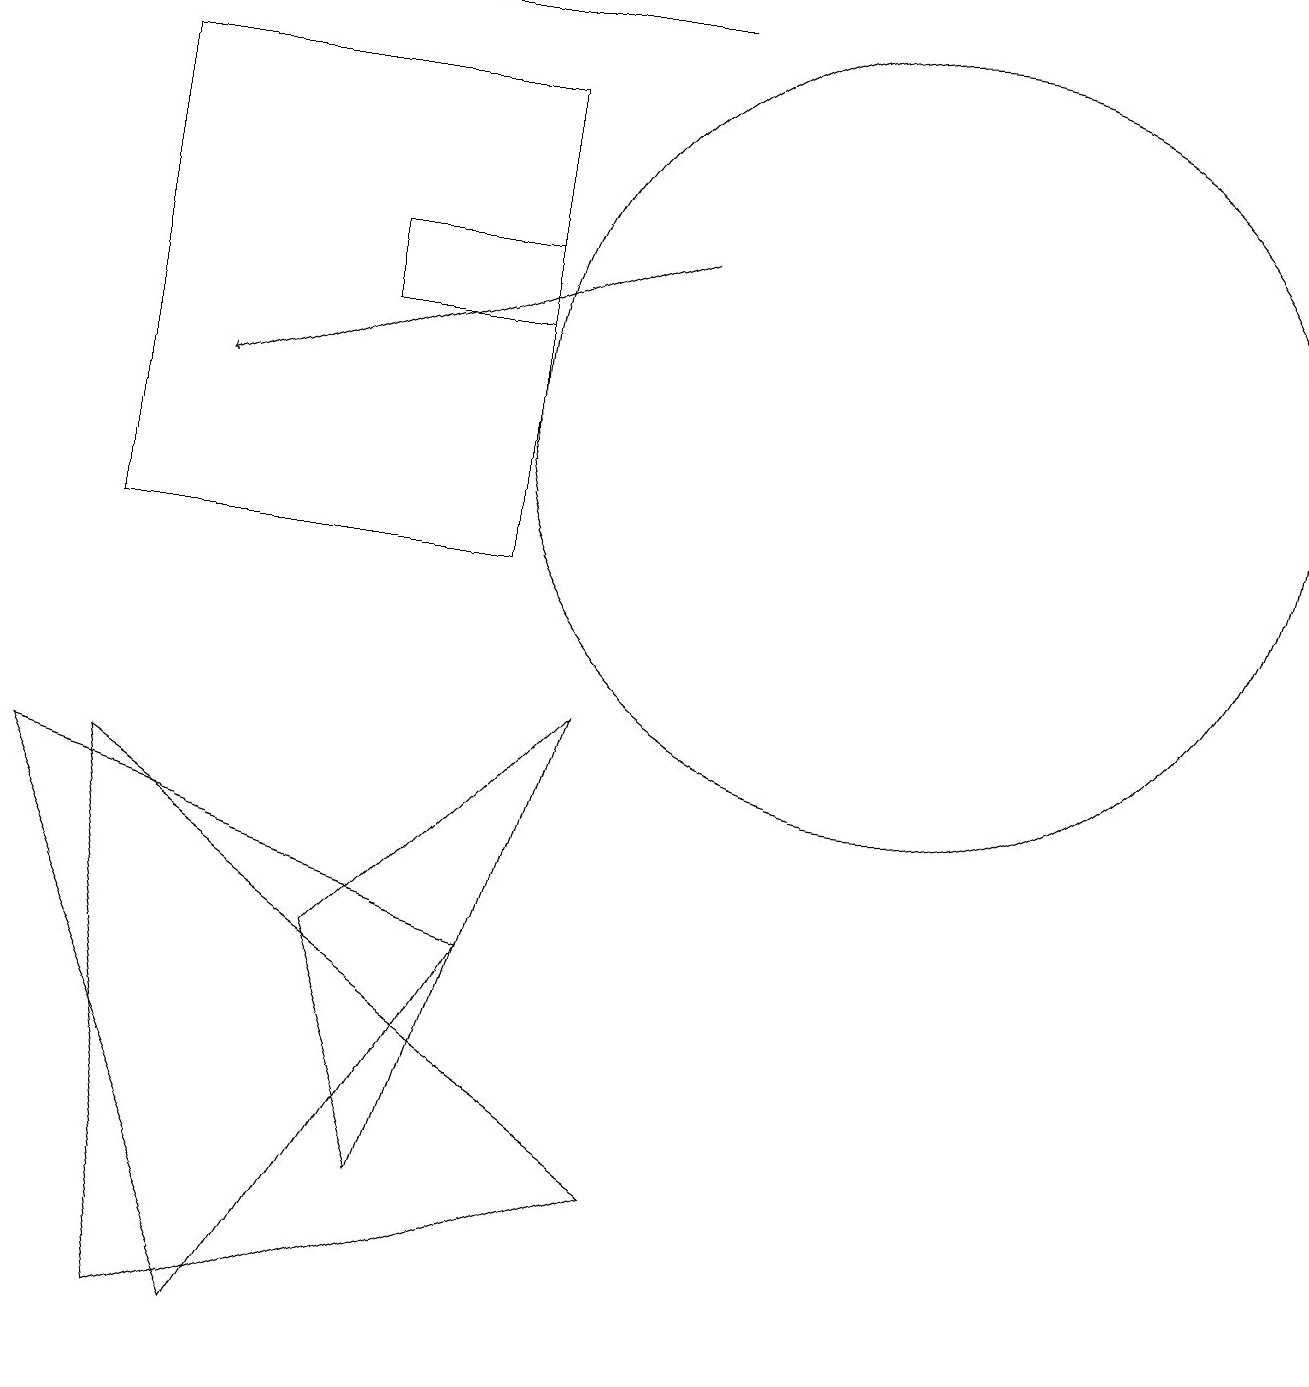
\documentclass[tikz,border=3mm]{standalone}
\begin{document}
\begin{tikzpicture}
\draw (4,13) rectangle (6,14);
\draw (5,2) -- (4,5) -- (7,8) -- cycle;
\draw (8,2) -- (1,7) -- (2,0) -- cycle;
\draw[->] (8,14) -- (2,12);
\draw (1,17) rectangle (8,17);
\draw (6,5) -- (0,7) -- (3,0) -- cycle;
\draw (6,16) rectangle (1,10);
\draw (11,12) circle (5);
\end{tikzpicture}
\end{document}